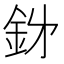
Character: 𮡪